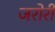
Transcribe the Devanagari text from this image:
जरोरी